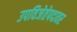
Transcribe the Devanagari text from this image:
उपविजेतेपदावर